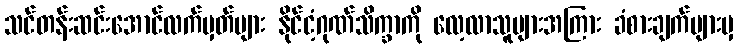
သင်တန်းဆင်းအောင်လက်မှတ်များ နိုင်ငံ့ဂုဏ်သိက္ခာကို လေ့လာသူများအကြား ခံစားချက်များမှ